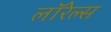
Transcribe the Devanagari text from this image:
लॉरेल्स